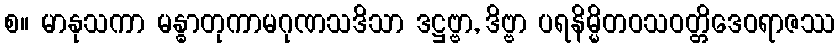
စ။ မာနုသကာ မန္ဓာတုကာမဂုဏသဒိသာ ဒဋ္ဌဗ္ဗာ, ဒိဗ္ဗာ ပရနိမ္မိတဝသဝတ္တိဒေဝရာဇဿ